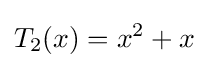
T_{2}(x)=x^{2}+x